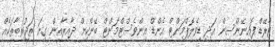
ޓްރޭޑް ފައިނޭންސިން އަދި ޑިވެލޮޕްމަންޓް އެންޑް އިންވެސްޓްމަންޓް ބޭންކިން ދާއިރާއިން ގިނަ ތަޖުރިބާތަކެއް